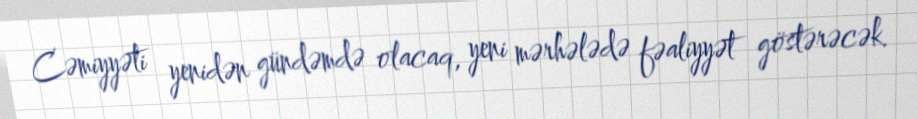
Cəmiyyəti yenidən gündəmdə olacaq, yeni mərhələdə fəaliyyət göstərəcək.